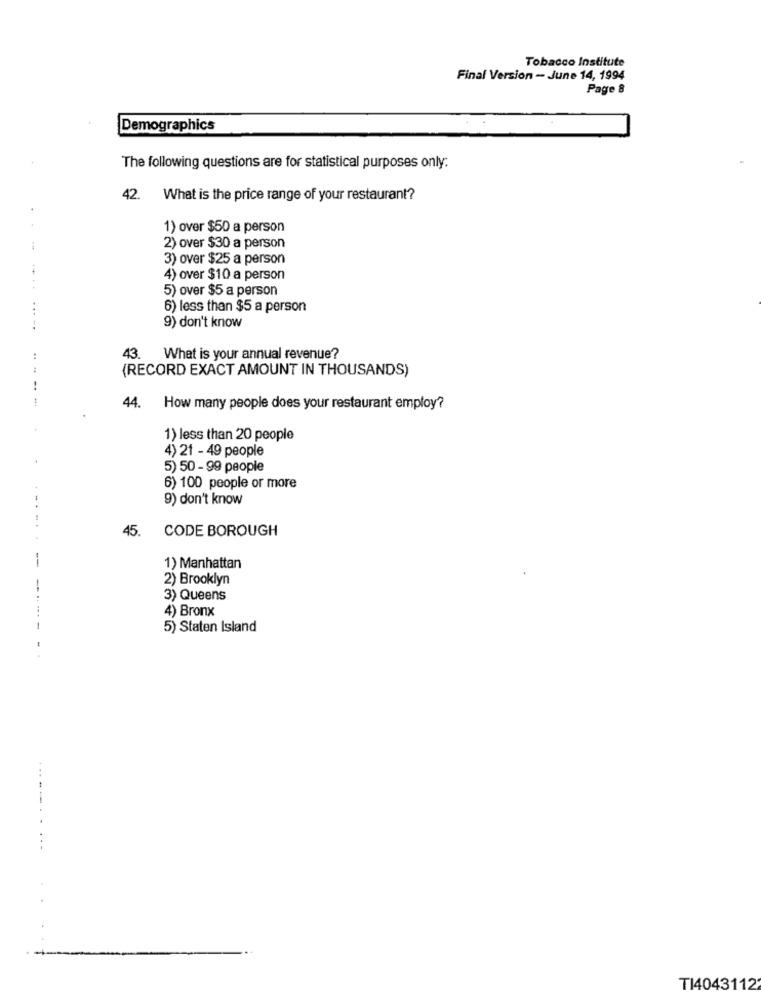
Tobacco Institute
Final Version - June 14, 1994
Page 8
Demographics
The following questions are for statistical purposes only:
42.
What is the price range of your restaurant?
1) over $50 a person
2) over $30 a person
3) over $25 a person
4) over $10 a person
....
5) over $5 a person
..
6) less than $5 a person
9) don't know
43. What is your annual revenue?
(RECORD EXACT AMOUNT IN THOUSANDS)
44. How many people does your restaurant employ?
1) less than 20 people
4) 21 - 49 people
5) 50 - 99 people
6) 100 people or more
9) don't know
45.
CODE BOROUGH
--
1) Manhattan
2) Brooklyn
-
3) Queens
4) Bronx
5) Staten Island
...
TI4043112